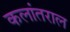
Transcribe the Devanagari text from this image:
कलांतराल